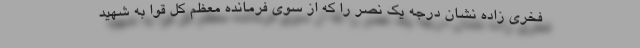
فخری زاده نشان درجه یک نصر را که از سوی فرمانده معظم کل قوا به شهید